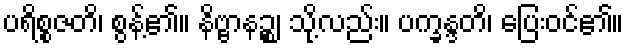
ပရိစ္စဇတိ၊ စွန့်၏။ နိဗ္ဗာနဉ္စ၊ သို့လည်း။ ပက္ခန္ဒတိ၊ ပြေးဝင်၏။